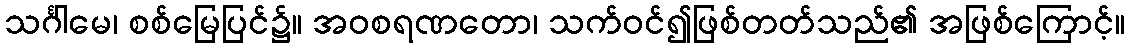
သင်္ဂါမေ၊ စစ်မြေပြင်၌။ အဝစရဏတော၊ သက်ဝင်၍ဖြစ်တတ်သည်၏ အဖြစ်ကြောင့်။